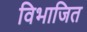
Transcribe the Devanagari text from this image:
विभाजित